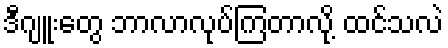
ဒီဂျူးတွေ ဘာလာလုပ်ကြတာလို့ ထင်သလဲ